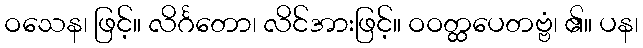
ဝသေန၊ ဖြင့်။ လိင်္ဂတော၊ လိင်အားဖြင့်။ ဝဝတ္ထပေတဗ္ဗံ၊ ၏။ ပန၊